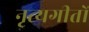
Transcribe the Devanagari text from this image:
नृत्यगीतों